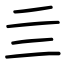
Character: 亖